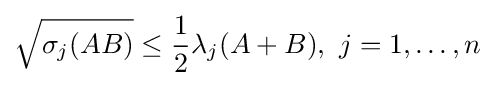
{\sqrt {\sigma _{j}(AB)}}\leq {\frac {1}{2}}\lambda _{j}(A+B),\ j=1,\ldots ,n